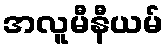
အလူမီနီယမ်